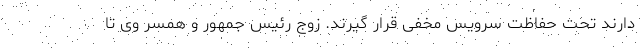
دارند تحت حفاظت سرویس مخفی قرار گیرند. زوج رئیس جمهور و همسر وی تا